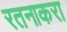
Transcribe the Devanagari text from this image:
रतनाकरा